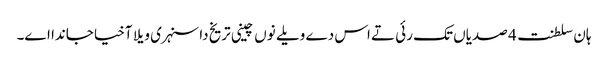
ہان سلطنت 4 صدیاں تک رئی تے اس دے ویلے نوں چینی تریخ دا سنہری ویلا آخیا جاندا اے۔